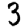
Digit: 3